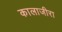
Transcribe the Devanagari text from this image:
कालाजीरा